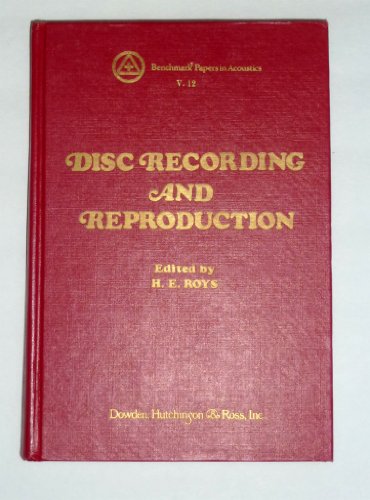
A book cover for Disc Recording and Reproduction (Benchmark Papers in Acoustic, Vol 12); Crafts, Hobbies & Home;